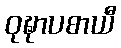
ဝုဍ္ဎာပစာယီ